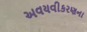
અવયવીકરણના